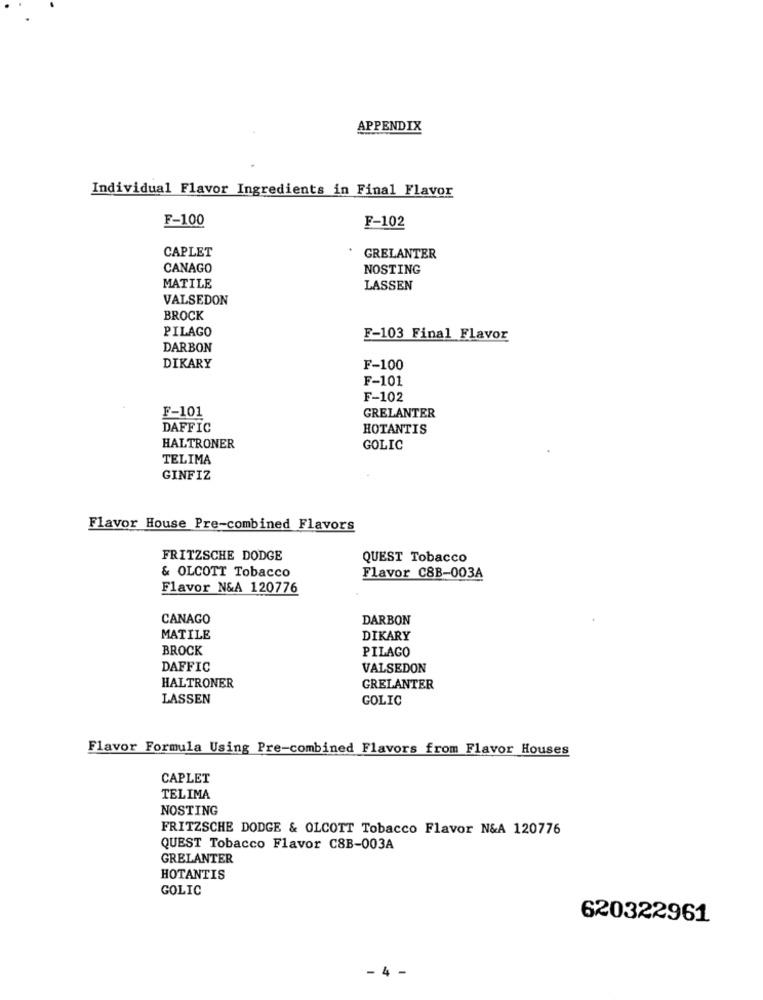
APPENDIX
Individual Flavor Ingredients in Final Flavor
F-100
F-102
CAPLET
GRELANTER
CANAGO
NOSTING
MATILE
LASSEN
VALSEDON
BROCK
PILAGO
F-103 Final Flavor
DARBON
DIKARY
F-100
F-101
F-102
F-101
GRELANTER
DAFFIC
HOTANTIS
HALTRONER
GOLIC
TELIMA
GINFIZ
Flavor House Pre-combined Flavors
FRITZSCHE DODGE
QUEST Tobacco
& OLCOTT Tobacco
Flavor C8B-003A
Flavor N&A 120776
CANAGO
DARBON
MATILE
DIKARY
BROCK
PILAGO
DAFFIC
VALSEDON
HALTRONER
GRELANTER
LASSEN
GOLIC
Flavor Formula Using Pre-combined Flavors from Flavor Houses
CAPLET
TELIMA
NOSTING
FRITZSCHE DODGE & OLCOTT Tobacco Flavor N&A 120776
QUEST Tobacco Flavor C8B-003A
GRELANTER
HOTANTIS
GOLIC
620322961
- 4 -